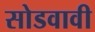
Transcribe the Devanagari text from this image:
सोडवावी